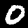
Digit: 0